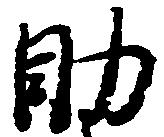
助